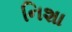
નિશા